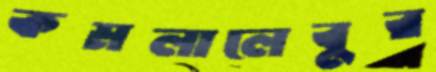
কমলালেবুর